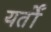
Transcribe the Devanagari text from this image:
यर्तों